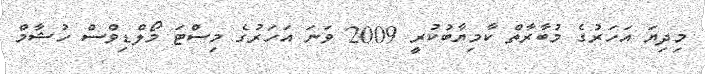
މިދިޔަ އަހަރުގެ މުބާރާތް ކާމިޔާބުކުރީ 2009 ވަނަ އަހަރުގެ މިސްޓަ މޯލްޑިވްސް ހުޝާމް